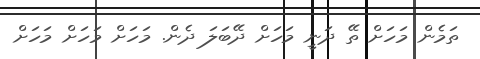
ތަމެން މަހަށް ތޭ ދަނީ މަހަށް ދޭބަލަ ދެން. މަަހަށް މަހަށް މަހަށް